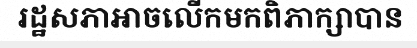
រដ្ឋសភាអាចលើកមកពិភាក្សាបាន